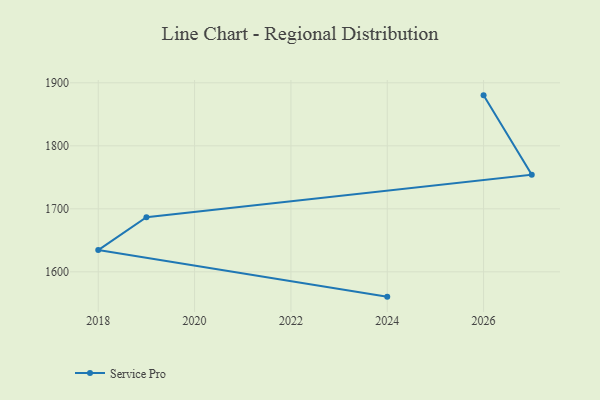
{"axis": {"x": "Year", "y": "Market Share (%)"}, "legend": ["Service Pro"], "data": [{"x": "2024", "y": 1560.6, "type": "Service Pro"}, {"x": "2018", "y": 1634.5, "type": "Service Pro"}, {"x": "2019", "y": 1686.6, "type": "Service Pro"}, {"x": "2027", "y": 1754.1, "type": "Service Pro"}, {"x": "2026", "y": 1880.1, "type": "Service Pro"}]}